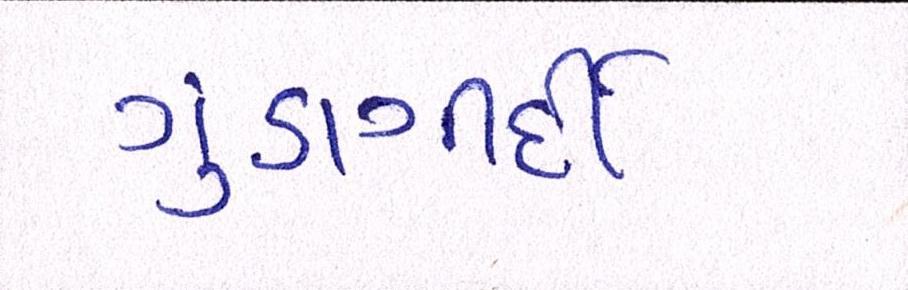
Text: ગુંડાગીર્દી